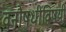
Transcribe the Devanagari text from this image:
वनौषधींविषयी